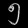
Digit: ၅